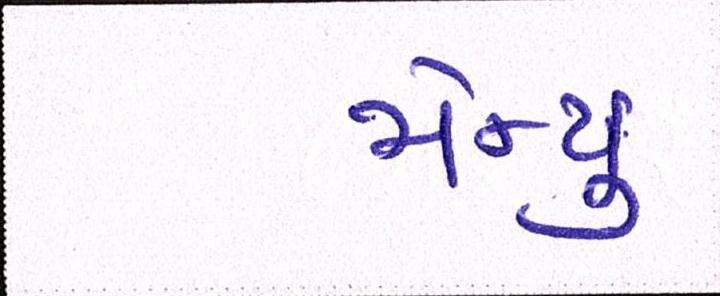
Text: મેન્યુ